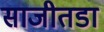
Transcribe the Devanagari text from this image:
साजीतडा